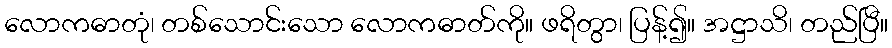
လောကဓာတုံ၊ တစ်သောင်းသော လောကဓာတ်ကို။ ဖရိတွာ၊ ပြန့်၍။ အဋ္ဌာသိ၊ တည်ပြီ။